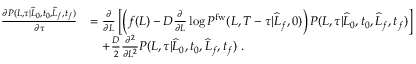
\begin{array} { r l } { \frac { \partial P ( L , \tau | \widehat { L } _ { 0 } , t _ { 0 } , \widehat { L } _ { f } , t _ { f } ) } { \partial \tau } } & { = \frac { \partial } { \partial L } \left[ \left( f ( L ) - D \frac { \partial } { \partial L } \log P ^ { \mathrm { f w } } ( L , T - \tau | \widehat { L } _ { f } , 0 ) \right) P ( L , \tau | \widehat { L } _ { 0 } , t _ { 0 } , \widehat { L } _ { f } , t _ { f } ) \right] } \\ & { \ \ \ + \frac { D } { 2 } \frac { \partial ^ { 2 } } { \partial L ^ { 2 } } P ( L , \tau | \widehat { L } _ { 0 } , t _ { 0 } , \widehat { L } _ { f } , t _ { f } ) \ . } \end{array}